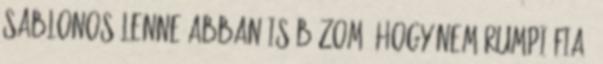
sablonos lenne Abban is bízom, hogy nem Rumpi fia,